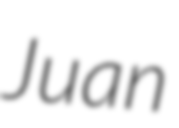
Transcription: Juan